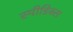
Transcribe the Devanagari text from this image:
स्पीडिक्स